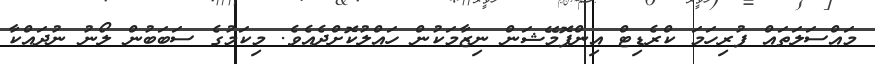
މައްސަލަތައް ފުރިހަމަ ކްރެޑިޓް އިންފޮމޭޝަން ނިޒާމަކުން ހައްލުކޮށްދެއެވެ. މިކަމުގެ ސަބަބުން ލޯނު ނުދައްކާ